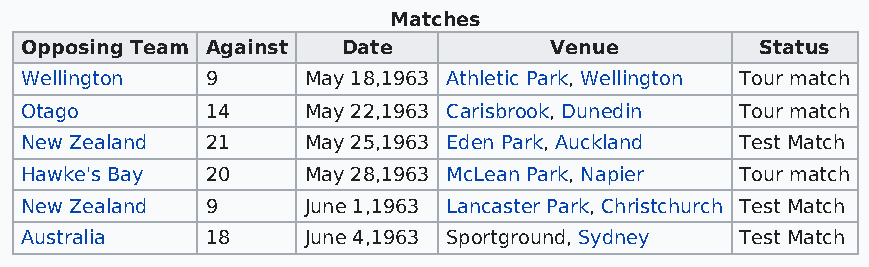
Matches
 Opposing Team Against Date         Venue         Status
 Wellington   9     May 18,1963 Athletic Park, Wellington Tour match
 Otago        14    May 22,1963 Carisbrook, Dunedin Tour match
 New Zealand  21    May 25,1963 Eden Park, Auckland Test Match
 Hawke's Bay  20    May 28,1963 McLean Park, Napier Tour match
 New Zealand  9     June 1,1963 Lancaster Park, Christchurch Test Match
 Australia    18    June 4,1963 Sportground, Sydney Test Match